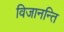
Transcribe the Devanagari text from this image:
विजानन्ति